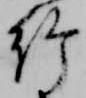
給